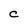
Character: C